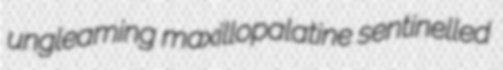
ungleaming maxillopalatine sentinelled